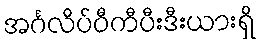
အင်္ဂလိပ်ဝီကီပီးဒီးယားရှိ